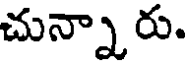
చున్నా రు.